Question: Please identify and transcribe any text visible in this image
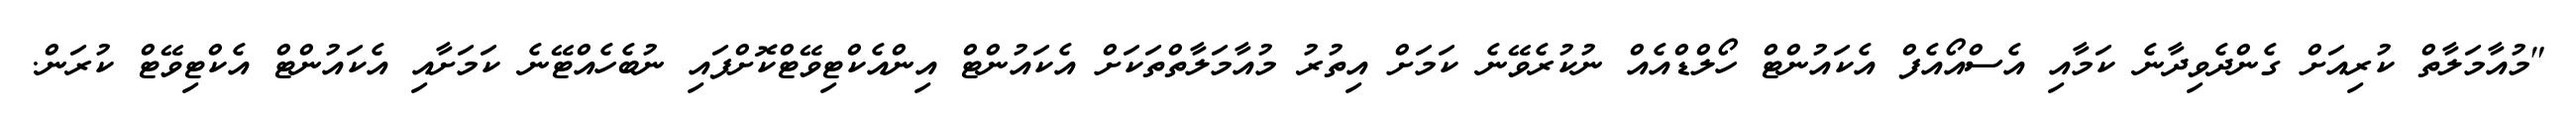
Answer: "މުއާމަލާތް ކުރިއަށް ގެންދެވިދާނެ ކަމާއި އެސްއޯއެފް އެކައުންޓް ހޯލްޑްއެއް ނުކުރެވޭނެ ކަމަށް އިތުރު މުއާމަލާތްތަކަށް އެކައުންޓް އިންއެކްޓިވޭޓްކޮށްފައި ނުބެހެއްޓޭނެ ކަމަށާއި އެކައުންޓް އެކްޓިވޭޓް ކުރަން.